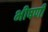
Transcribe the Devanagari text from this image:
भीषणी